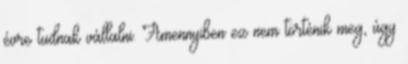
évre tudnak vállalni. Amennyiben ez nem történik meg, úgy